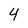
Character: 4